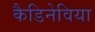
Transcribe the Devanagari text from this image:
कैडिनेविया